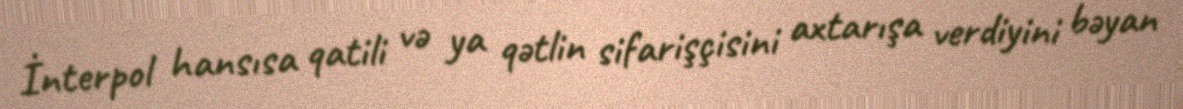
İnterpol hansısa qatili və ya qətlin sifarişçisini axtarışa verdiyini bəyan